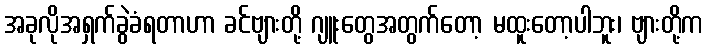
အခုလိုအရှက်ခွဲခံရတာဟာ ခင်ဗျားတို့ ဂျူးတွေအတွက်တော့ မထူးတော့ပါဘူး၊ ဗျားတို့က